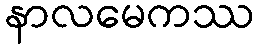
နာလမေကဿ